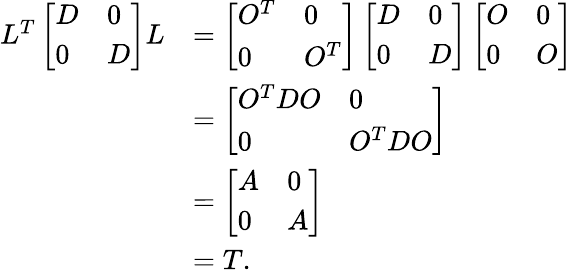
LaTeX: \begin{array}{rl}{L^{T}\left[\begin{array}{ll}{D}&{0}\\ {0}&{D}\end{array}\right]L}&{=\left[\begin{array}{ll}{O^{T}}&{0}\\ {0}&{O^{T}}\end{array}\right]\left[\begin{array}{ll}{D}&{0}\\ {0}&{D}\end{array}\right]\left[\begin{array}{ll}{O}&{0}\\ {0}&{O}\end{array}\right]}\\ &{=\left[\begin{array}{ll}{O^{T}DO}&{0}\\ {0}&{O^{T}DO}\end{array}\right]}\\ &{=\left[\begin{array}{ll}{A}&{0}\\ {0}&{A}\end{array}\right]}\\ &{=T.}\end{array}